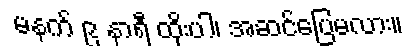
မနက် ၉ နာရီ ထိုးပါ၊ အဆင်ပြေမလား။